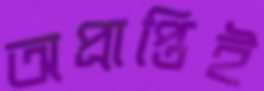
অপ্রাপ্তিই